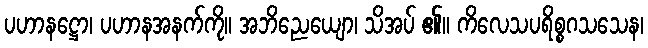
ပဟာနဋ္ဌော၊ ပဟာနအနက်ကို။ အဘိညေယျော၊ သိအပ် ၏။ ကိလေသပရိစ္စဂသသေန၊